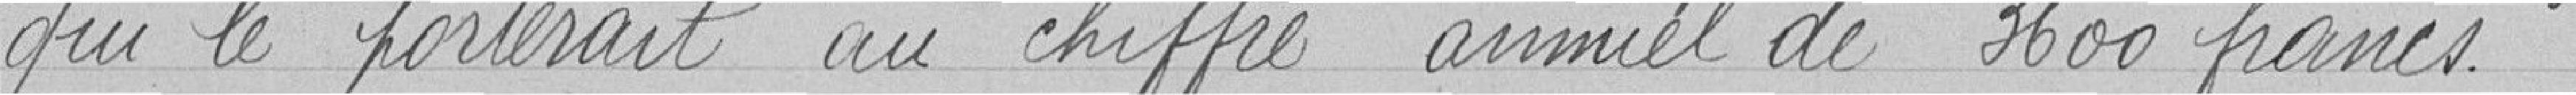
qui le porterait au chiffre annuel de 3600 francs.